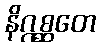
နိဂ္ဂစ္ဆတေ